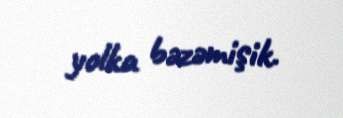
yolka bəzəmişik.